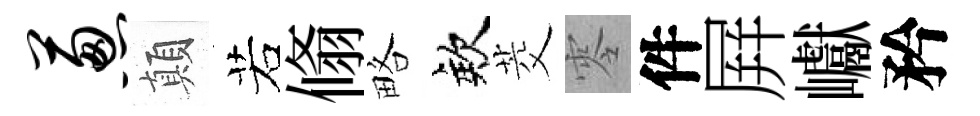
葱顛若翛略欸茭零件屛巘矜